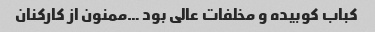
کباب کوبیده و مخلفات عالی بود …ممنون از کارکنان